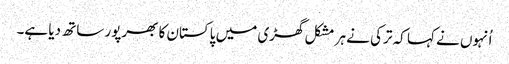
اُنہوں نے کہا کہ ترکی نے ہر مشکل گھڑی میں پاکستان کا بھرپور ساتھ دیا ہے۔